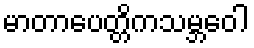
မာတာပေတ္တိကသမ္ဘဝေါ